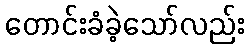
တောင်းခံခဲ့သော်လည်း